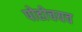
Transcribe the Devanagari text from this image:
पोहोचयच